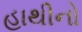
હાથીનો